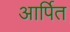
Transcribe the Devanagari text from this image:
आर्पित